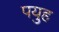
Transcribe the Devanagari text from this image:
पयुह